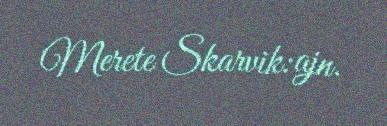
Merete Skarvik:ajn.